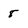
Character: 8